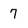
Character: 7